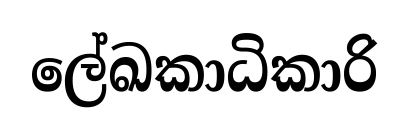
ලේඛකාධිකාරි